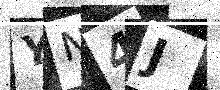
Text: YN4J